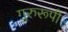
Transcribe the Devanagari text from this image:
गुरुरूपी